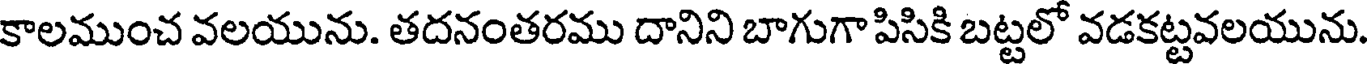
కాలముంచ వలయును. తదనంతరము దానిని బాగుగా పిసికి బట్టలో వడకట్టవలయును.